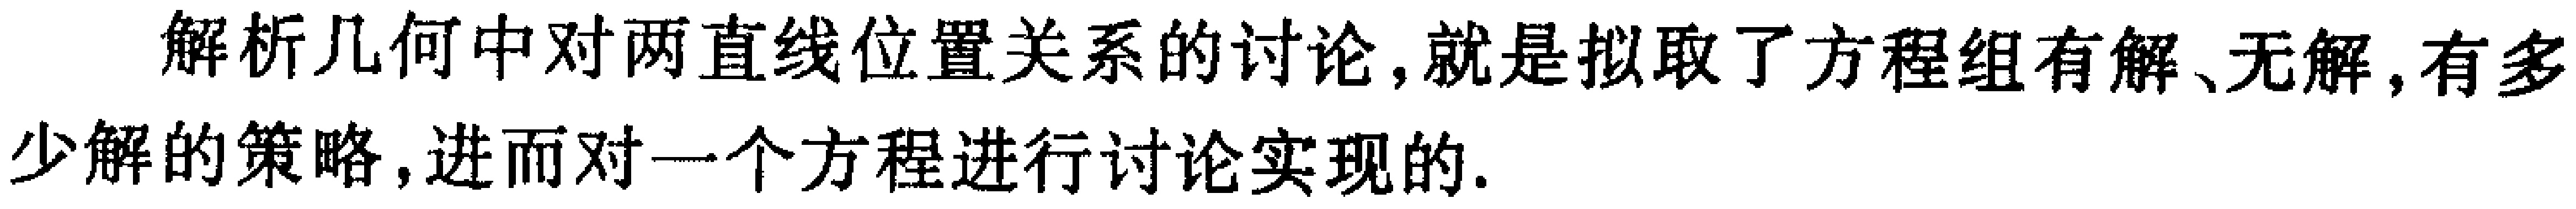
解析几何中对两直线位置关系的讨论,就是拟取了方程组有解、无解,有多少解的策略,进而对一个方程进行讨论实现的.